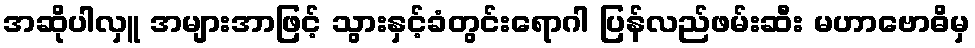
အဆိုပါလှူ အများအာဖြင့် သွားနှင့်ခံတွင်းရောဂါ ပြန်လည်ဖမ်းဆီး မဟာဗောဓိမှ